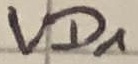
Text: VD1